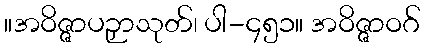
။အဝိဇ္ဇာပဉှာသုတ်၊ ပါ-၄၅၁။ အဝိဇ္ဇာဝဂ်